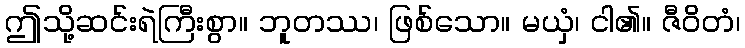
ဤသို့ဆင်းရဲကြီးစွာ။ ဘူတဿ၊ ဖြစ်သော။ မယှံ၊ ငါ၏။ ဇီဝိတံ၊